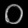
Digit: ၀